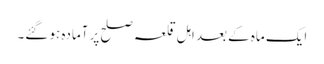
ایک ماہ کے بعد اہل قلعہ صلح پر آمادہ ہو گئے۔